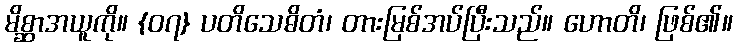
မိစ္ဆာအယူကို။ {၀၇} ပတိသေဓိတံ၊ တားမြစ်အပ်ပြီးသည်။ ဟောတိ၊ ဖြစ်၏။